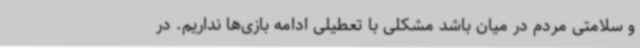
و سلامتی مردم در میان باشد مشکلی با تعطیلی ادامه بازی‌ها نداریم. در